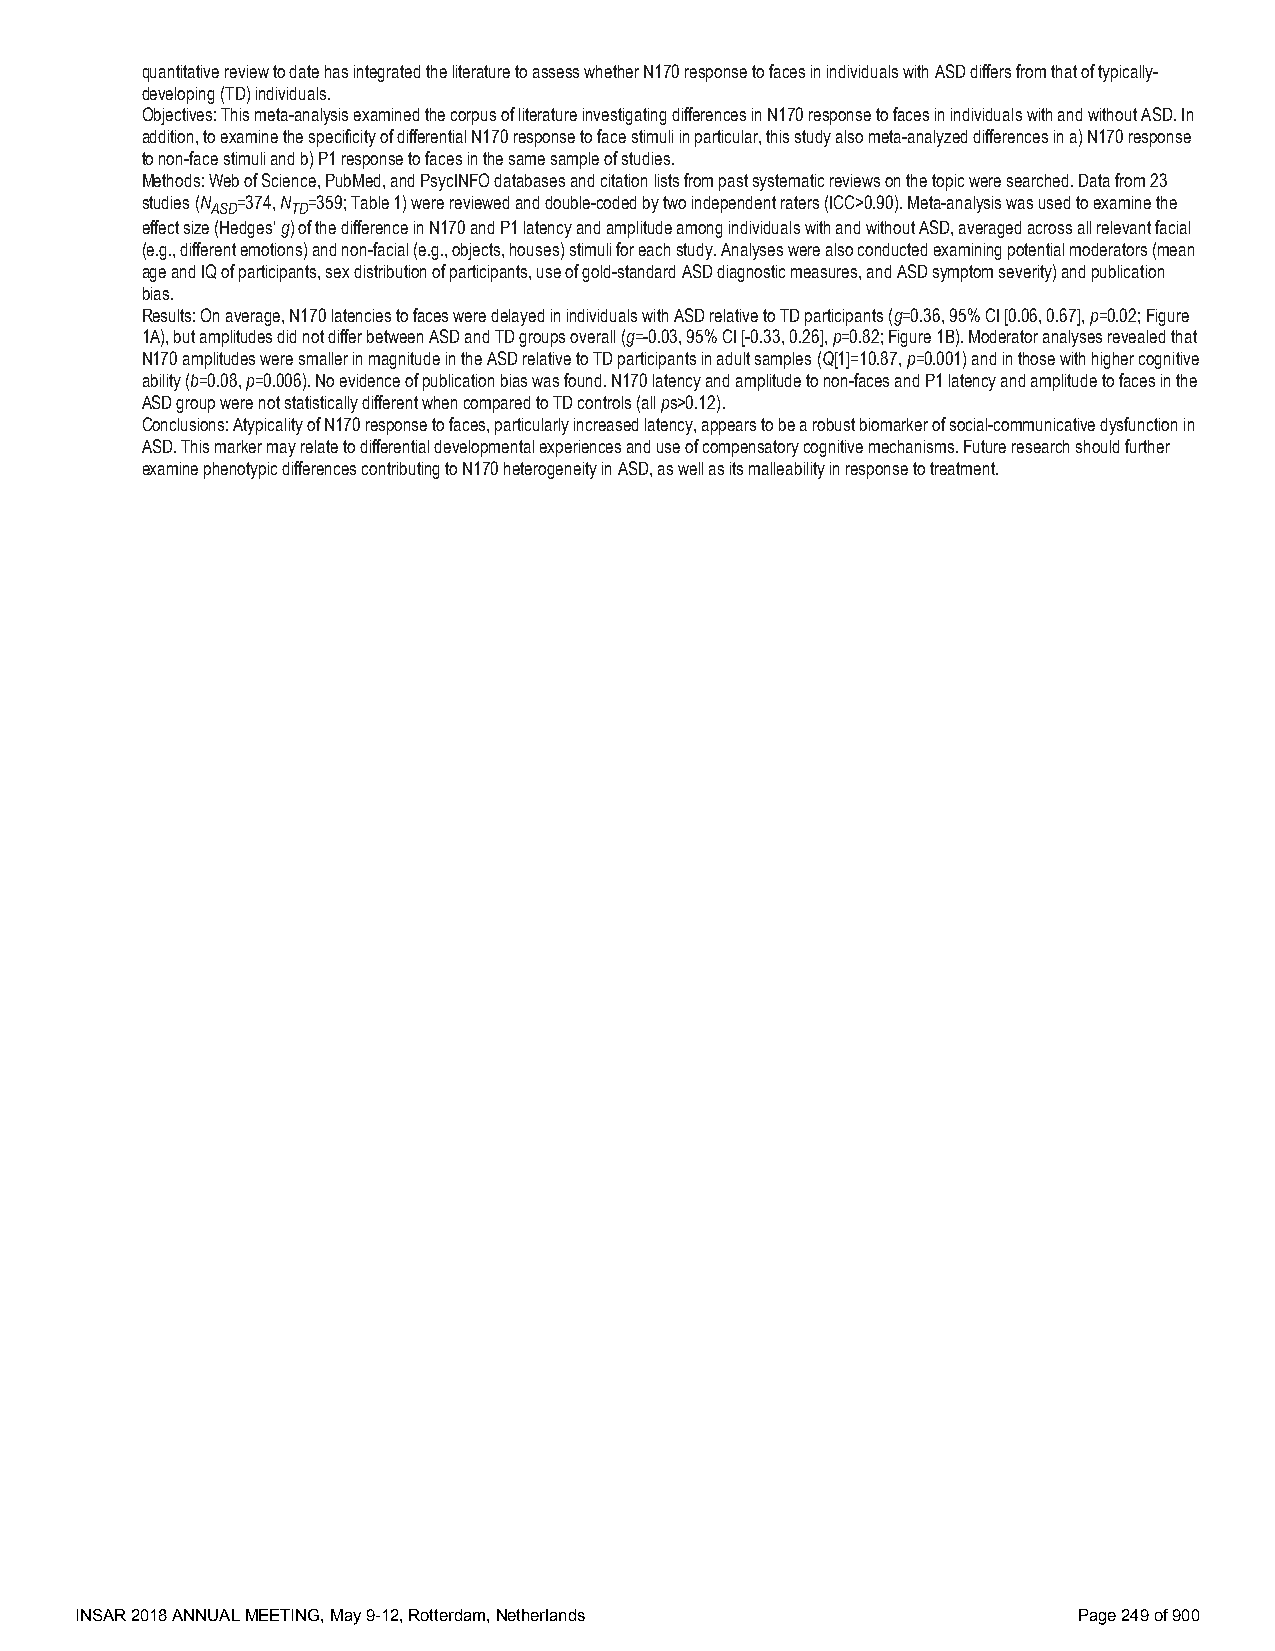
quantitative review to date has integrated the literature to assess whether N170 response to faces in individuals with ASD differs from that of typically-
 developing (TD) individuals.
 Objectives: This meta-analysis examined the corpus of literature investigating differences in N170 response to faces in individuals with and without ASD. In
 addition, to examine the specificity of differential N170 response to face stimuli in particular, this study also meta-analyzed differences in a) N170 response
 to non-face stimuli and b) P1 response to faces in the same sample of studies.
 Methods: Web of Science, PubMed, and PsycINFO databases and citation lists from past systematic reviews on the topic were searched. Data from 23
 studies (N =374, N =359; Table 1) were reviewed and double-coded by two independent raters (ICC>0.90). Meta-analysis was used to examine the
 ASD  TD
 effect size (Hedges’ g) of the difference in N170 and P1 latency and amplitude among individuals with and without ASD, averaged across all relevant facial
 (e.g., different emotions) and non-facial (e.g., objects, houses) stimuli for each study. Analyses were also conducted examining potential moderators (mean
 age and IQ of participants, sex distribution of participants, use of gold-standard ASD diagnostic measures, and ASD symptom severity) and publication
 bias.
 Results: On average, N170 latencies to faces were delayed in individuals with ASD relative to TD participants (g=0.36, 95% CI [0.06, 0.67], p=0.02; Figure
 1A), but amplitudes did not differ between ASD and TD groups overall (g=-0.03, 95% CI [-0.33, 0.26], p=0.82; Figure 1B). Moderator analyses revealed that
 N170 amplitudes were smaller in magnitude in the ASD relative to TD participants in adult samples (Q[1]=10.87, p=0.001) and in those with higher cognitive
 ability (b=0.08, p=0.006). No evidence of publication bias was found. N170 latency and amplitude to non-faces and P1 latency and amplitude to faces in the
 ASD group were not statistically different when compared to TD controls (all ps>0.12).
 Conclusions: Atypicality of N170 response to faces, particularly increased latency, appears to be a robust biomarker of social-communicative dysfunction in
 ASD. This marker may relate to differential developmental experiences and use of compensatory cognitive mechanisms. Future research should further
 examine phenotypic differences contributing to N170 heterogeneity in ASD, as well as its malleability in response to treatment.
 INSAR 2018 ANNUAL MEETING, May 9-12, Rotterdam, Netherlands       Page 249 of 900